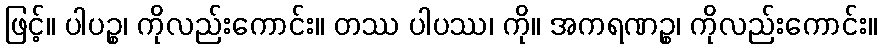
ဖြင့်။ ပါပဉ္စ၊ ကိုလည်းကောင်း။ တဿ ပါပဿ၊ ကို။ အကရဏဉ္စ၊ ကိုလည်းကောင်း။